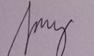
Signature authenticity: genuine